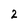
Character: 2